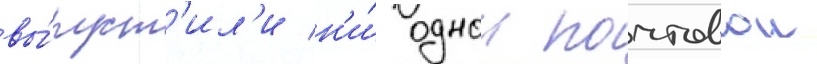
вы́пуст'ил'и н'и́ однои почтовои